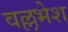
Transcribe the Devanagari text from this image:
वल्लभेश